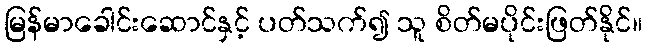
မြန်မာခေါင်းဆောင်နှင့် ပတ်သက်၍ သူ စိတ်မပိုင်းဖြတ်နိုင်။